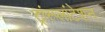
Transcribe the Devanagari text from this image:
ट्रांस्प्लांटेशन